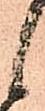
候